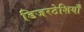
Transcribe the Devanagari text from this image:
डिजरटेशियाँ